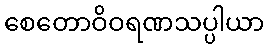
စေတောဝိဝရဏသပ္ပါယာ